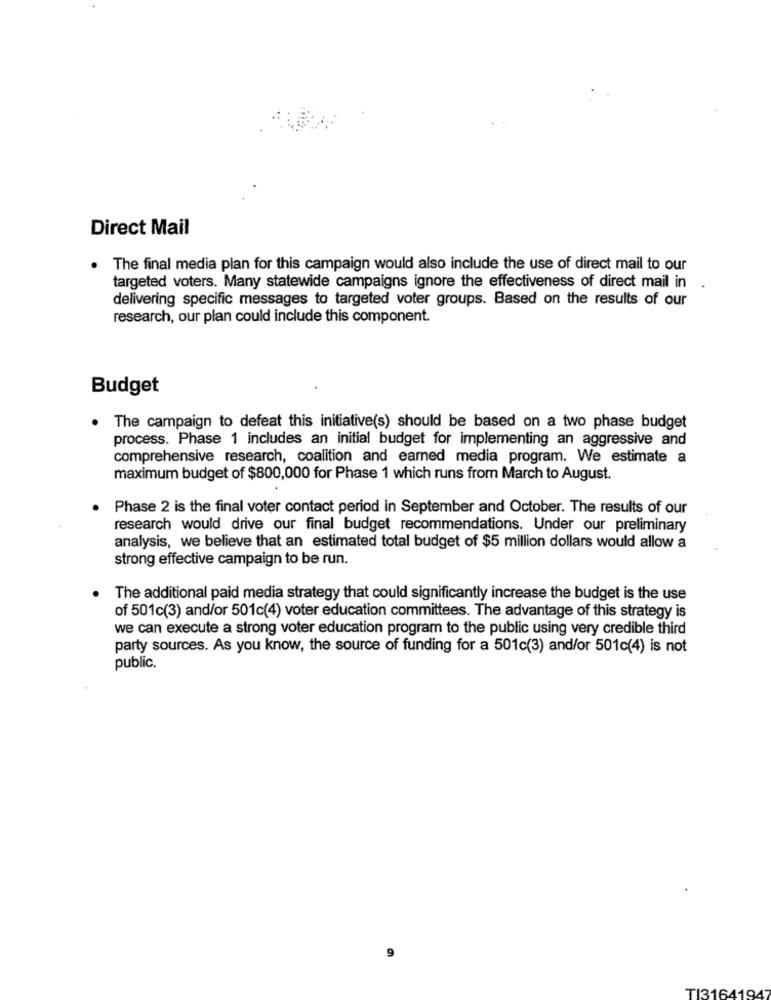
Direct Mail
. The final media plan for this campaign would also include the use of direct mail to our
targeted voters. Many statewide campaigns ignore the effectiveness of direct mail in
delivering specific messages to targeted voter groups. Based on the results of our
research, our plan could include this component.
Budget
. The campaign to defeat this initiative(s) should be based on a two phase budget
process. Phase 1 includes an initial budget for implementing an aggressive and
comprehensive research, coalition and earned media program. We estimate a
maximum budget of $800,000 for Phase 1 which runs from March to August.
Phase 2 is the final voter contact period in September and October. The results of our
research would drive our final budget recommendations. Under our preliminary
analysis, we believe that an estimated total budget of $5 million dollars would allow a
strong effective campaign to be run.
The additional paid media strategy that could significantly increase the budget is the use
of 501c(3) and/or 501c(4) voter education committees. The advantage of this strategy is
we can execute a strong voter education program to the public using very credible third
party sources. As you know, the source of funding for a 501c(3) and/or 501c(4) is not
public.
9
TI3164194'